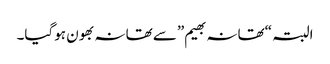
البتہ “تھانہ بھیم”سے تھانہ بھون ہوگیا۔